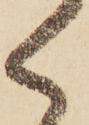
く